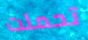
تحملت